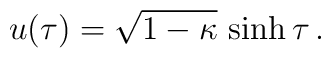
u(\tau) = \sqrt{1-\kappa}\,\sinh\tau \,.